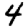
Digit: 4